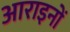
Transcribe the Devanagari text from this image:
आराइनों